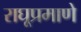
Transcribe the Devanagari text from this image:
राघूप्रमाणे